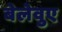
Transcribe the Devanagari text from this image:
बेलेवुए